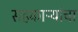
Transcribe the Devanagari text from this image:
सहकाऱ्यांचा